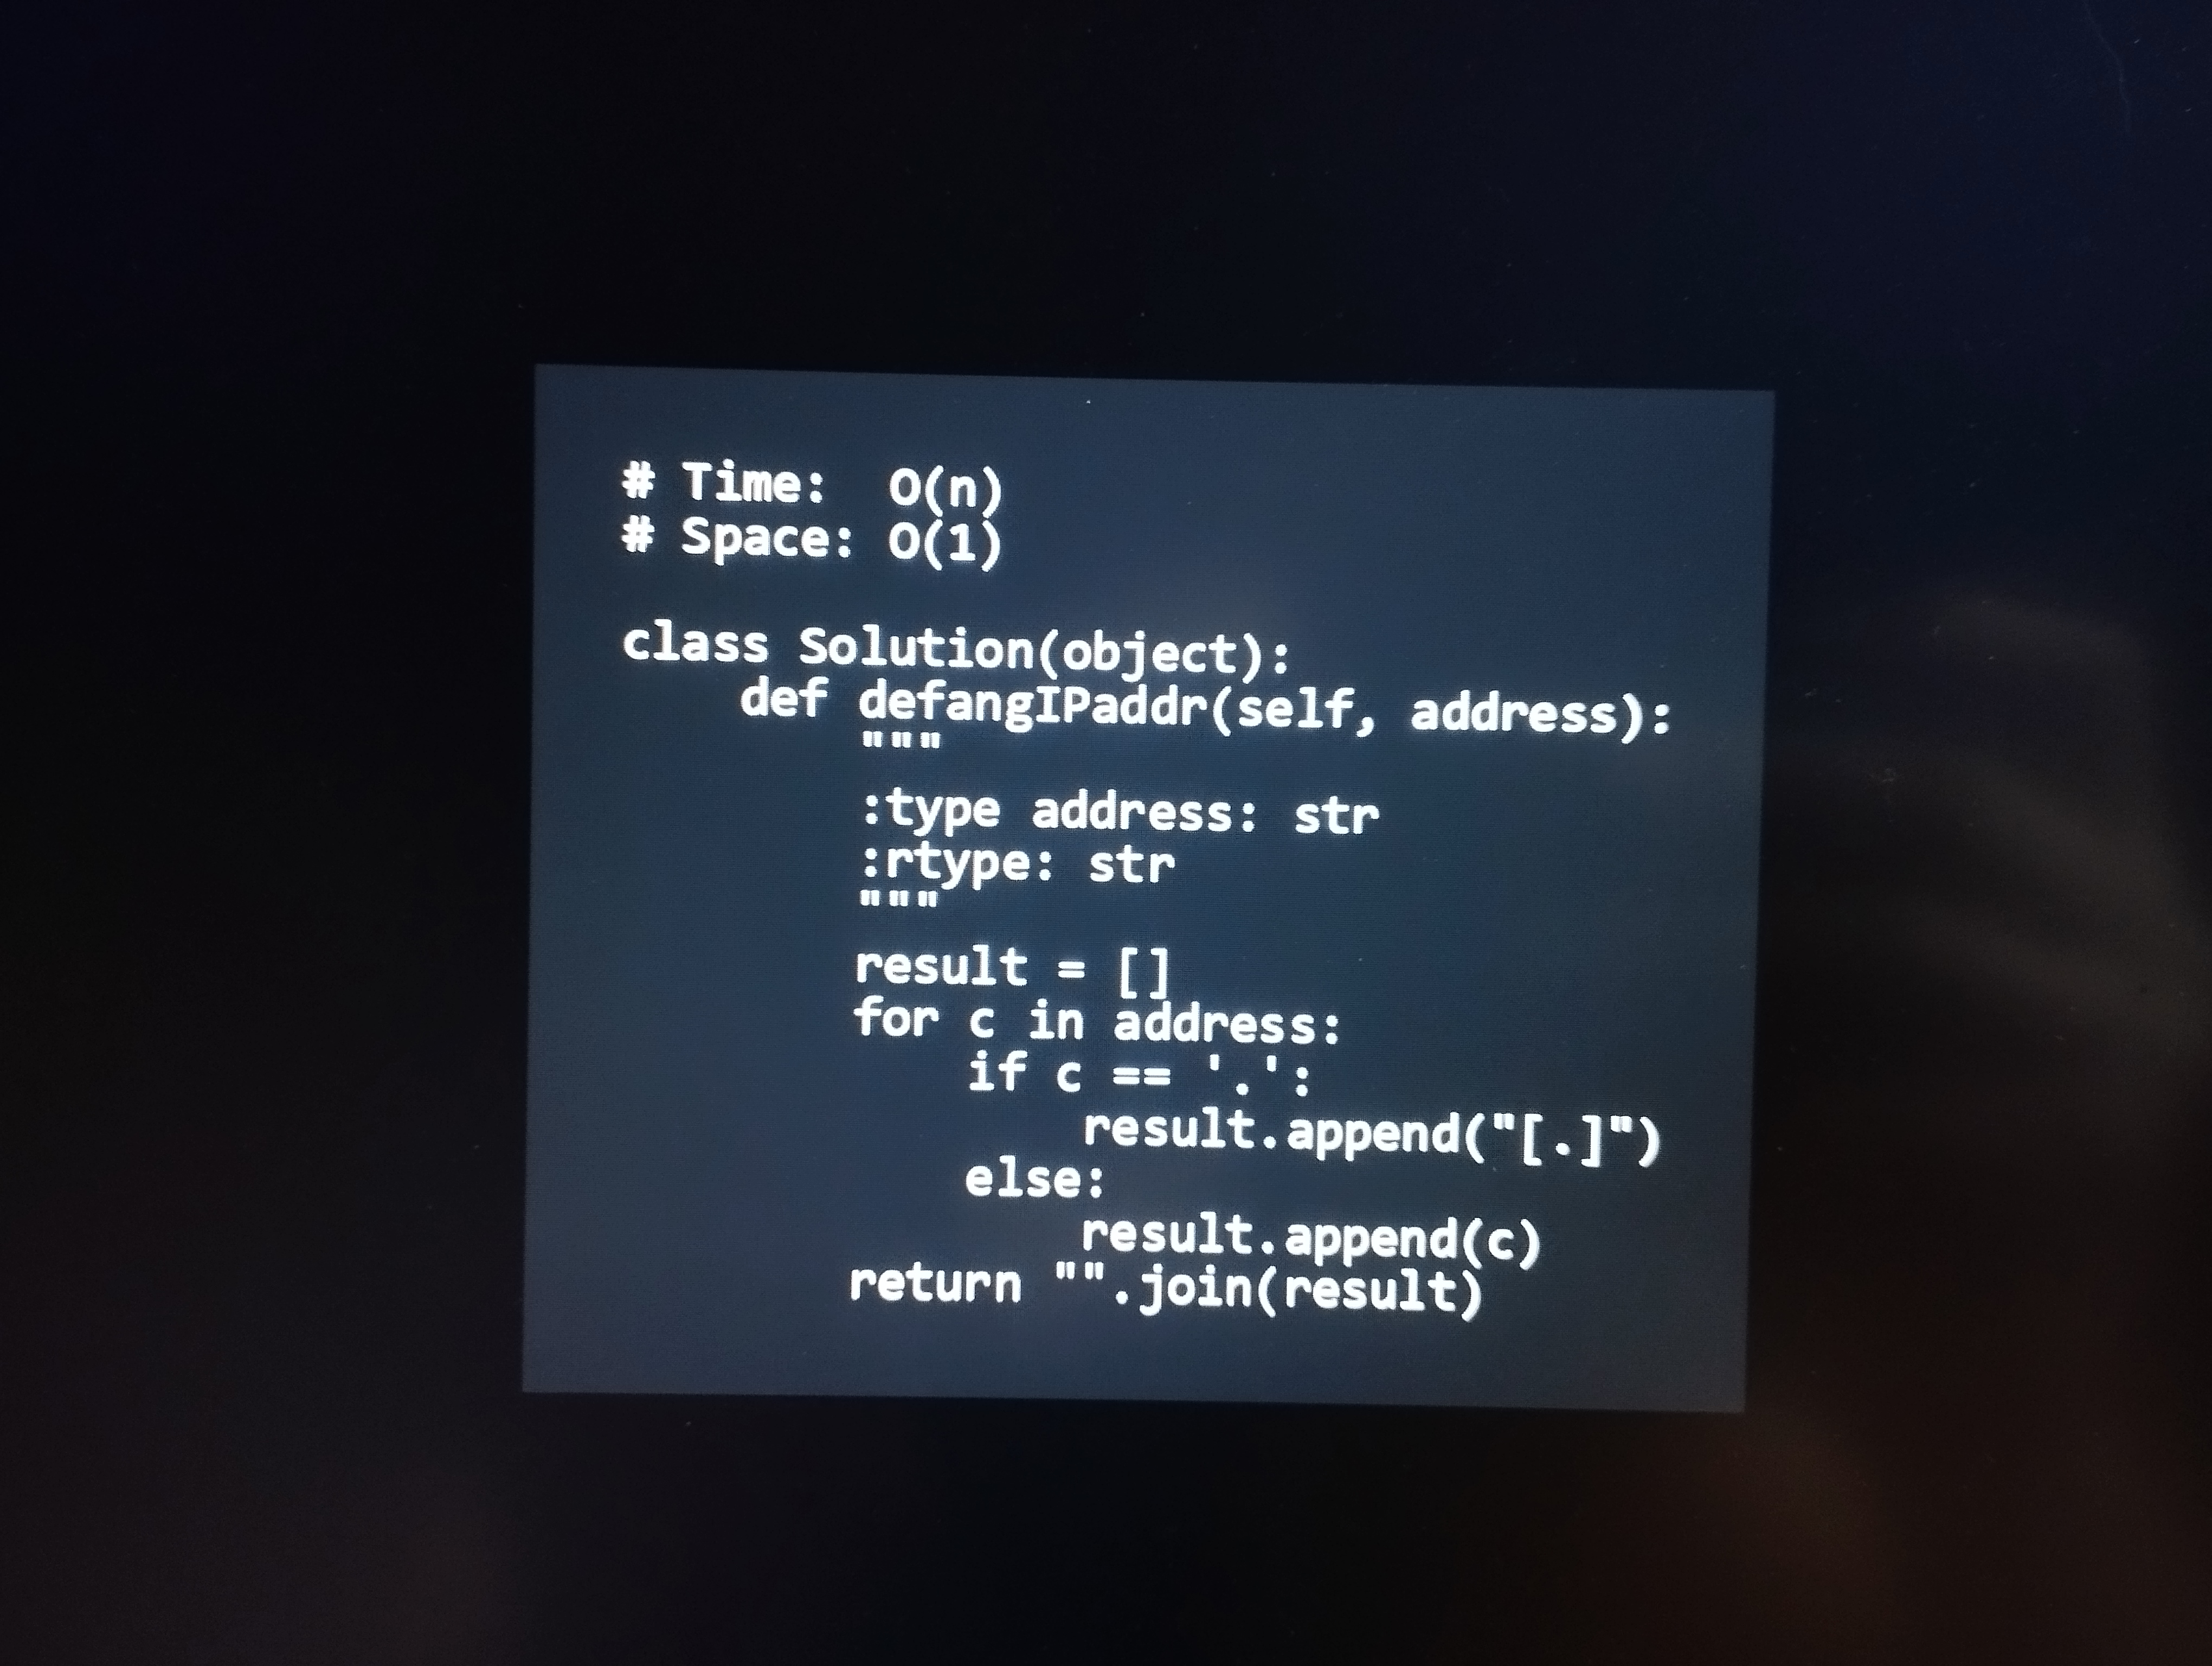
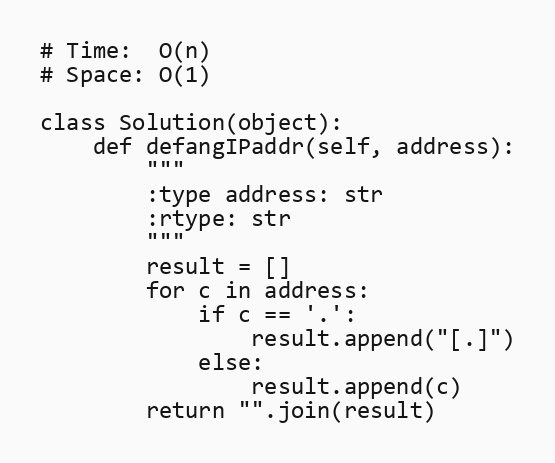
# Time:  O(n)
# Space: O(1)

class Solution(object):
    def defangIPaddr(self, address):
        """
        :type address: str
        :rtype: str
        """
        result = []
        for c in address:
            if c == '.':
                result.append("[.]")
            else:
                result.append(c)
        return "".join(result)